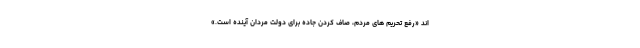
اند «رفع تحریم های مردم، صاف کردن جاده برای دولت مردان آینده است.»